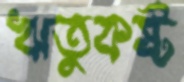
ঋতুকষ্ট